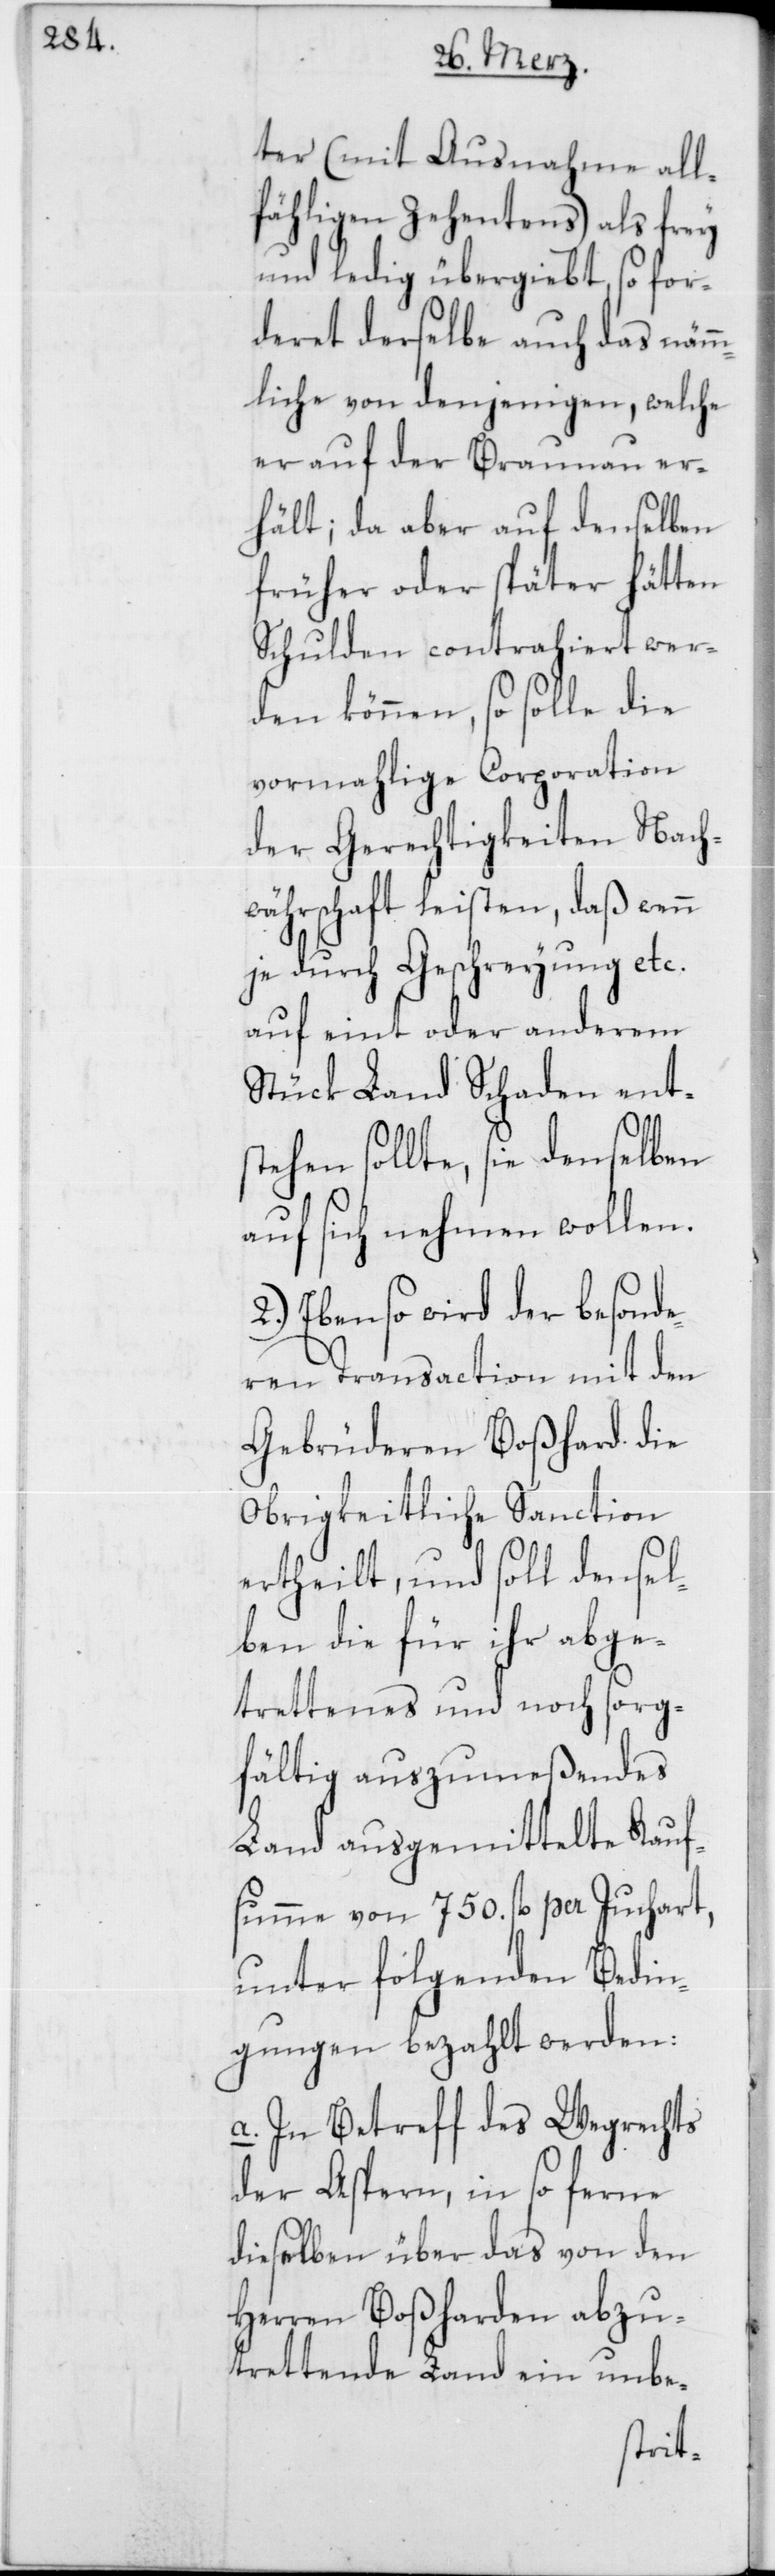
ter (mit Ausnahme all¬
fähligen Zehentens) als frey
und ledig übergiebt, so for¬
deret derselbe auch das nämm¬
liche von denjenigen, welche
er auf der Braunau er¬
hält; da aber auf denselben
früher oder später hätten
Schulden contrahiert wer¬
den können, so solle die
vormahlige Corporation
der Gerechtigkeiten Nach¬
währschaft leisten, daß wenn
je durch Geschreyung etc.
auf eint oder anderem
Stück Land Schaden ents¬
tehen sollte, sie denselben
auf sich nehmen wollen.
2.) Ebenso wird der besonde¬
ren Transaction mit den
Gebrüderen Boßhard die
Obrigkeitliche Sanction
ertheilt, und soll densel¬
ben die für ihr abge¬
trettenes und noch sorg¬
fältig auszumeßendes
Land ausgemittelte Kauf¬
summe von 750. fl. per Juchart,
unter folgenden Bedin¬
gungen bezahlt werden:
a. In Betreff des Wegrechts
der Aspern, in so ferne
dieselben über das von den
Herren Boßharden abzu¬
trettende Land ein unbe-